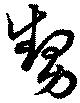
甥